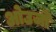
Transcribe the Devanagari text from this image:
ओउजो